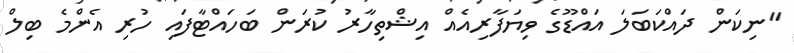
"ނިކަން ދައްކަބަލަ އައްޑޫގެ ވިޔަފާރިއެއް އިޝްތިހާރު ކުރަން ބަހައްޓާފައި ހުރި އެންމެ ބިލް